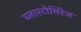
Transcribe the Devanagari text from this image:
ब्लास्टोमिरेज